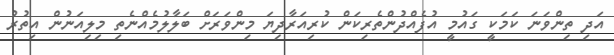
އަދި ތިންވަނަ ކަމަކީ ގައުމީ އުފެއްދުންތެރިކަން ކުރިއަރާދިޔަ މިންވަރަށް ބަލާލުމެއްނެތި މިލިއަނުން އިތުރު